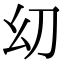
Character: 㓜